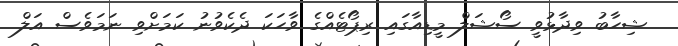
ޝިހާބު ވިދާޅުވީ ސޯޝަލް މީޑިއާގައި ރިޕޯޓެއްގެ ވާހަކަ ދެކެވުނު ކަމަށްވި ނަމަވެސް އަލް